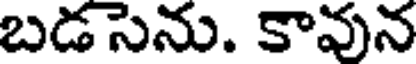
బడసెను. కావున